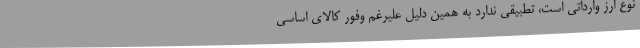
نوع ارز وارداتی است، تطبیقی ندارد به همین دلیل علیرغم وفور کالای اساسی